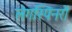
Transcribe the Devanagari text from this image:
लेगस्पिनरों